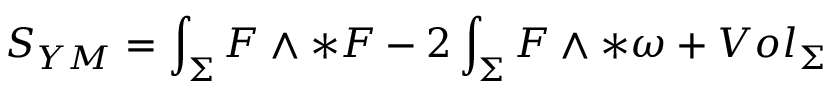
S _ { Y M } = \int _ { \Sigma } { \cal { F } } \wedge * { \cal { F } } - 2 \int _ { \Sigma } { \cal { F } } \wedge * { \omega } + V o l _ { { \Sigma } }